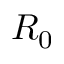
R _ { 0 }